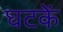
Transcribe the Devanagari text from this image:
घटकें